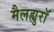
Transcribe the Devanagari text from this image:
मैलह्युरॉ